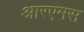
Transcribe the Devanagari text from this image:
आरएमस